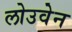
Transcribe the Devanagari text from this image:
लोउवेन